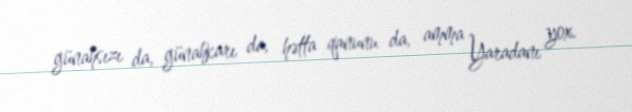
günahsızı da, günahkarı da, hətta qanunu da, amma Yaradanı yox.